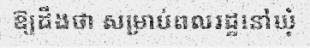
ឱ្យដឹងថា សម្រាប់ពលរដ្ឋនៅឃុំ